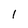
Character: I